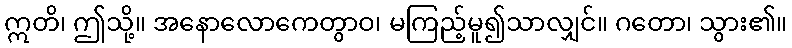
ဣတိ၊ ဤသို့။ အနောလောကေတွာဝ၊ မကြည့်မူ၍သာလျှင်။ ဂတော၊ သွား၏။